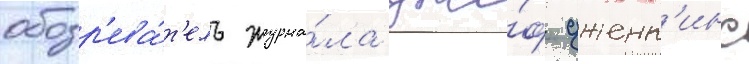
обозр'ева́т'ель журна́ла дже́ф дженк'инс